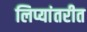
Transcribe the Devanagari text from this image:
लिप्यांतरीत